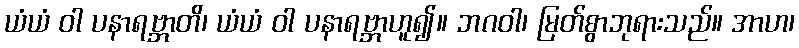
ယံယံ ဝါ ပနာရဗ္ဘာတိ၊ ယံယံ ဝါ ပနာရဗ္ဘာဟူ၍။ ဘဂဝါ၊ မြတ်စွာဘုရားသည်။ အာဟ၊